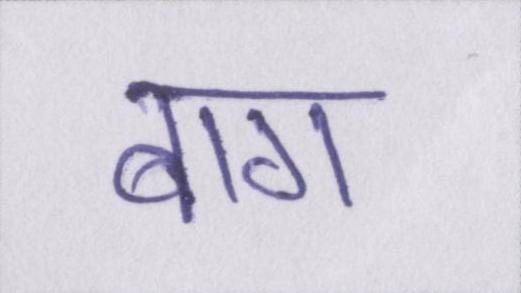
बाग